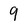
Character: 9